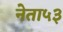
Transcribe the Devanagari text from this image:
नेता५३